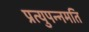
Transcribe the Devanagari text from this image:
प्रत्युपन्नमति